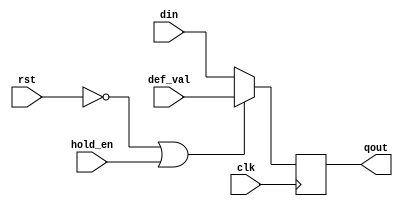
module gen_pipe_dff #(
    parameter   DW = 32
)(
    input   wire    clk                 ,
    input   wire    rst                 ,
    input   wire    hold_en             ,

    input   wire    [DW-1:0]    def_val ,
    input   wire    [DW-1:0]    din     ,   
    output  wire    [DW-1:0]    qout    
);

    reg [DW-1:0]    qout_r;

    always @ (posedge clk) begin
        if (!rst | hold_en) begin
            qout_r <= def_val;
        end else begin
            qout_r <= din;
        end
    end

    assign  qout = qout_r;

endmodule

module gen_rst_0_dff #(
    parameter   DW = 32
)(
    input   wire    clk                 ,
    input   wire    rst                 ,

    input   wire    [DW-1:0]    din     ,   
    output  wire    [DW-1:0]    qout    
);

    reg [DW-1:0]    qout_r;

    always @ (posedge clk) begin
        if (!rst ) begin
            qout_r <= {DW{1'b0}};
        end else begin
            qout_r <= din;
        end
    end

    assign  qout = qout_r;

endmodule

module gen_rst_1_dff #(
    parameter   DW = 32
)(
    input   wire    clk                 ,
    input   wire    rst                 ,

    input   wire    [DW-1:0]    din     ,   
    output  wire    [DW-1:0]    qout    
);

    reg [DW-1:0]    qout_r;

    always @ (posedge clk) begin
        if (!rst ) begin
            qout_r <= {DW{1'b1}};
        end else begin
            qout_r <= din;
        end
    end

    assign  qout = qout_r;

endmodule

module gen_rst_def_dff #(
    parameter   DW = 32
)(
    input   wire    clk                 ,
    input   wire    rst                 ,
    input   wire    [DW-1:0]    def_val ,   

    input   wire    [DW-1:0]    din     ,   
    output  wire    [DW-1:0]    qout    
);

    reg [DW-1:0]    qout_r;

    always @ (posedge clk) begin
        if (!rst ) begin
            qout_r <= def_val;
        end else begin
            qout_r <= din;
        end
    end

    assign  qout = qout_r;

endmodule


module gen_en_dff #(
    parameter   DW = 32
)(
    input   wire    clk                 ,
    input   wire    rst                 ,

    input   wire    en                  ,
    input   wire    [DW-1:0]    din     ,   
    output  wire    [DW-1:0]    qout    
);

    reg [DW-1:0]    qout_r;

    always @ (posedge clk) begin
        if (!rst ) begin
            qout_r <= {DW{1'b1}};
        end else if (en == 1'b1) begin
            qout_r <= din;
        end
    end

    assign  qout = qout_r;

endmodule